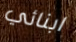
ابنائي